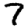
Digit: 7